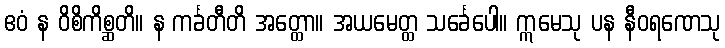
ဧဝံ န ဝိစိကိစ္ဆတိ။ န ကင်္ခတီတိ အတ္ထော။ အယမေတ္ထ သင်္ခေပေါ။ ဣမေသု ပန နီဝရဏေသု